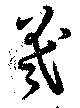
羲